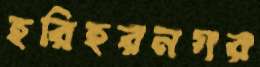
হরিহরনগর